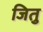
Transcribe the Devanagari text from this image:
जितु